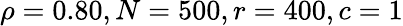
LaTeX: \rho=0.80,N=500,r=400,c=1